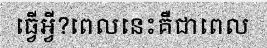
ធ្វើអ្វី?ពេលនេះគឺជាពេល